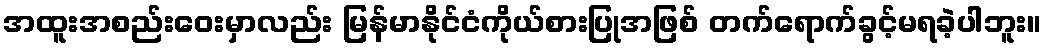
အထူးအစည်းဝေးမှာလည်း မြန်မာနိုင်ငံကိုယ်စားပြုအဖြစ် တက်ရောက်ခွင့်မရခဲ့ပါဘူး။